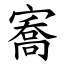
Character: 㝯